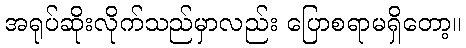
အရုပ်ဆိုးလိုက်သည်မှာလည်း ပြောစရာမရှိတော့။